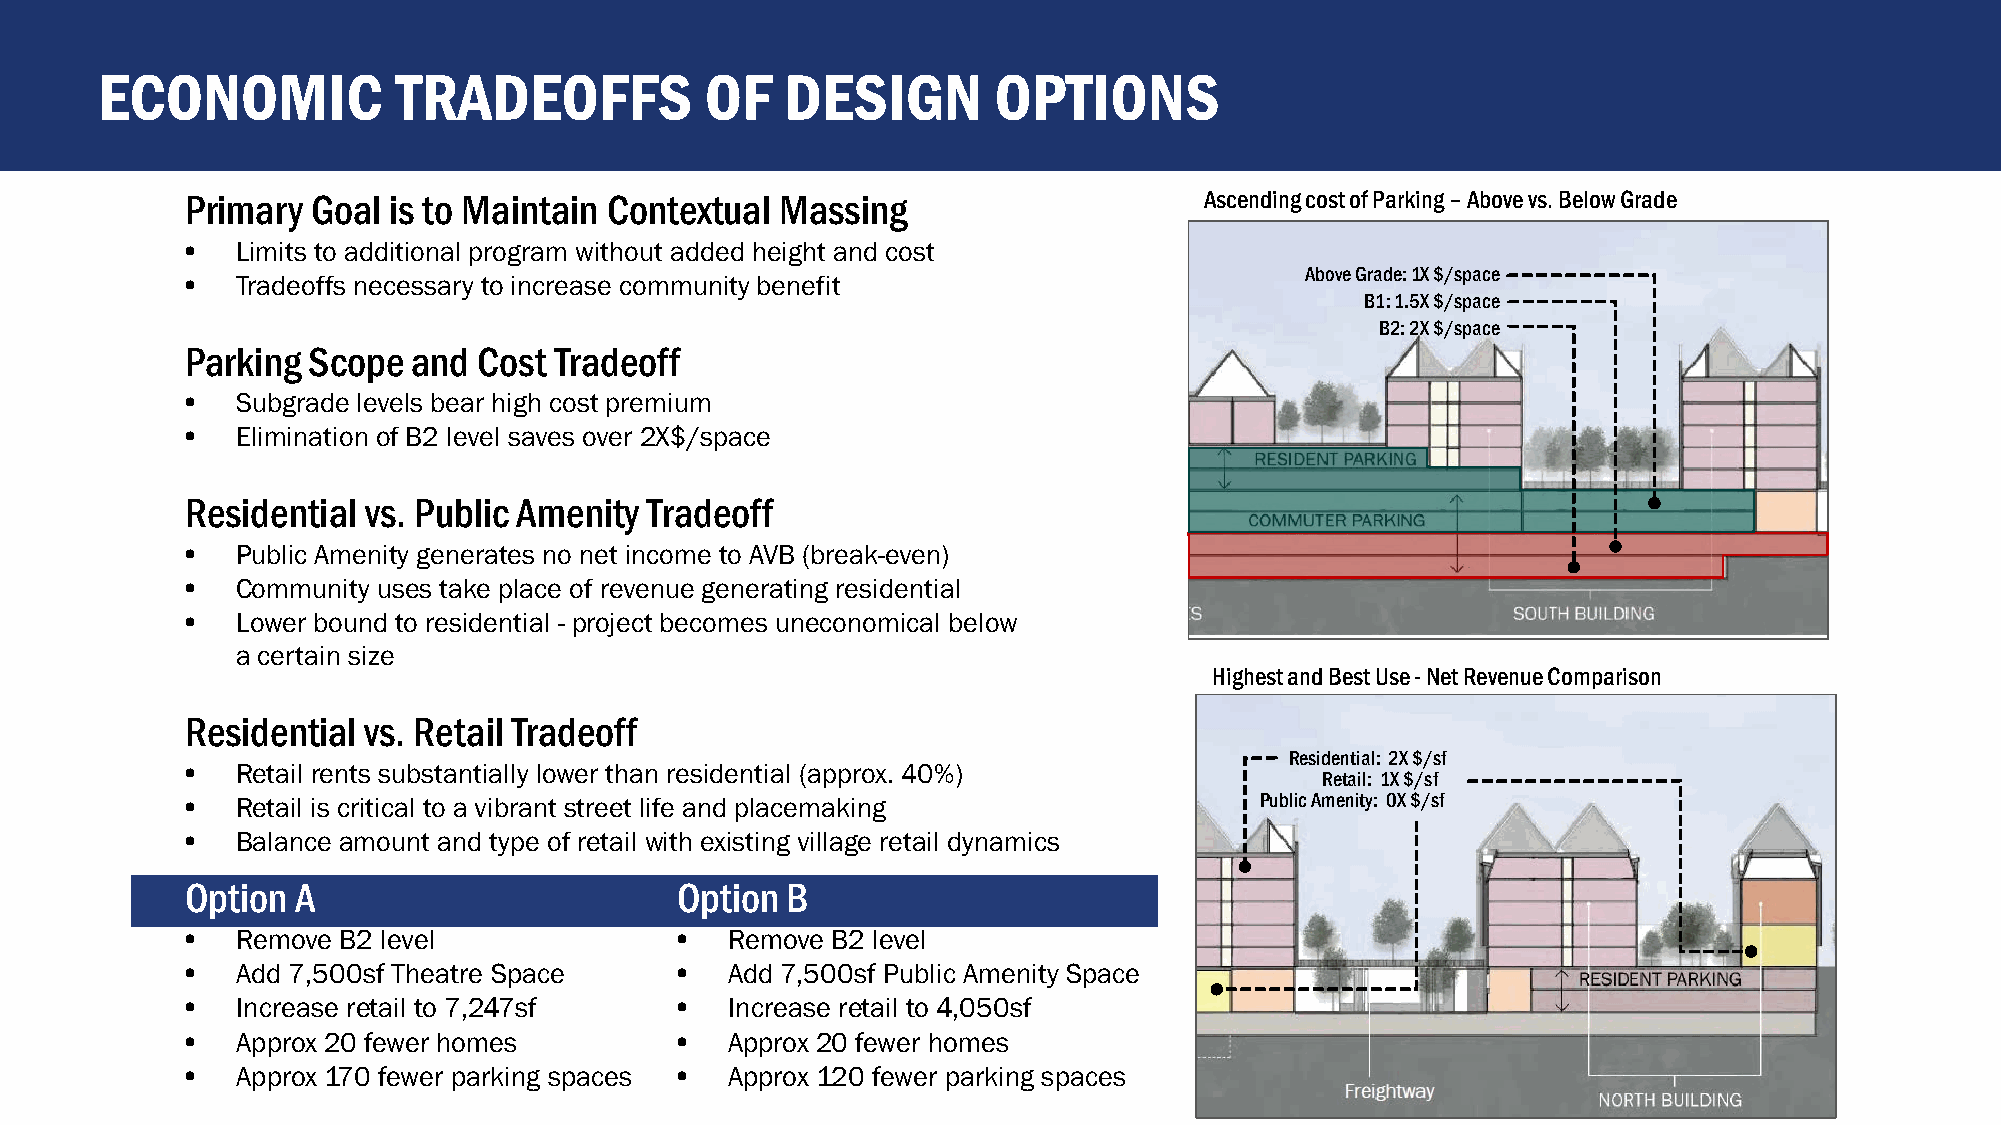
ECONOMIC            TRADEOFFS            OF   DESIGN        OPTIONS
 Primary  Goal is to Maintain Contextual Massing                     Ascending cost of Parking –Above vs. Below Grade
 •   Limits to additional program without added height and cost
 Above Grade: 1X $/space
 •   Tradeoffs necessary to increase community benefit
 B1: 1.5X $/space
 B2: 2X $/space
 Parking Scope  and  Cost Tradeoff
 •   Subgrade levels bear high cost premium
 •   Elimination of B2 level saves over 2X$/space
 Residential vs. Public Amenity Tradeoff
 •   Public Amenity generates no net income to AVB (break-even)
 •   Community uses take place of revenue generating residential
 •   Lower bound to residential - project becomes uneconomical below
 a certain size
 Highest and Best Use -Net Revenue Comparison
 Residential vs. Retail Tradeoff
 Residential: 2X $/sf
 •   Retail rents substantially lower than residential (approx. 40%)
 Retail: 1X $/sf
 •   Retail is critical to a vibrant street life and placemaking        Public Amenity: 0X $/sf
 •   Balance amount and type of retail with existing village retail dynamics
 Option  A                        Option B
 •   Remove B2 level              •  Remove B2 level
 •   Add 7,500sf Theatre Space    •  Add 7,500sf Public Amenity Space
 •   Increase retail to 7,247sf   •  Increase retail to 4,050sf
 •   Approx 20 fewer homes        •  Approx 20 fewer homes
 •   Approx 170 fewer parking spaces • Approx 120 fewer parking spaces